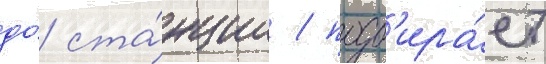
до́ ста́нции / подб'ира́ет